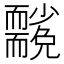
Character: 𮋢